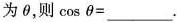
为θ，则cosθ=___.